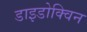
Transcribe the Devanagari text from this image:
डाइडोक्विन